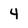
Character: 4